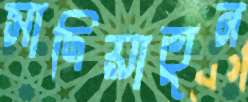
সাদিয়াতুন